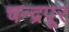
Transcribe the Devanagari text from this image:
चन्द्रपूर